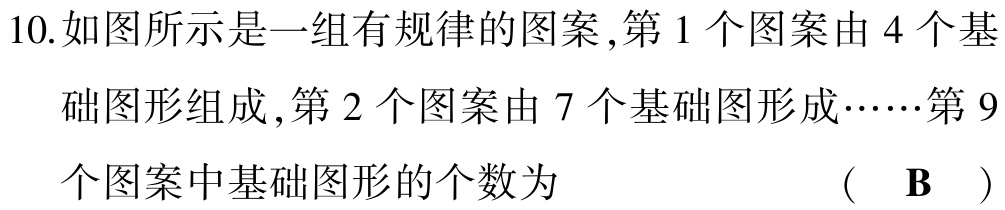
10.如图所示是一组有规律的图案,第 1 个图案由 4 个基

础图形组成,第 2 个图案由 7 个基础图形成……第 9

个图案中基础图形的个数为 （ B ）